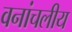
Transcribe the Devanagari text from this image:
वनांचलीय